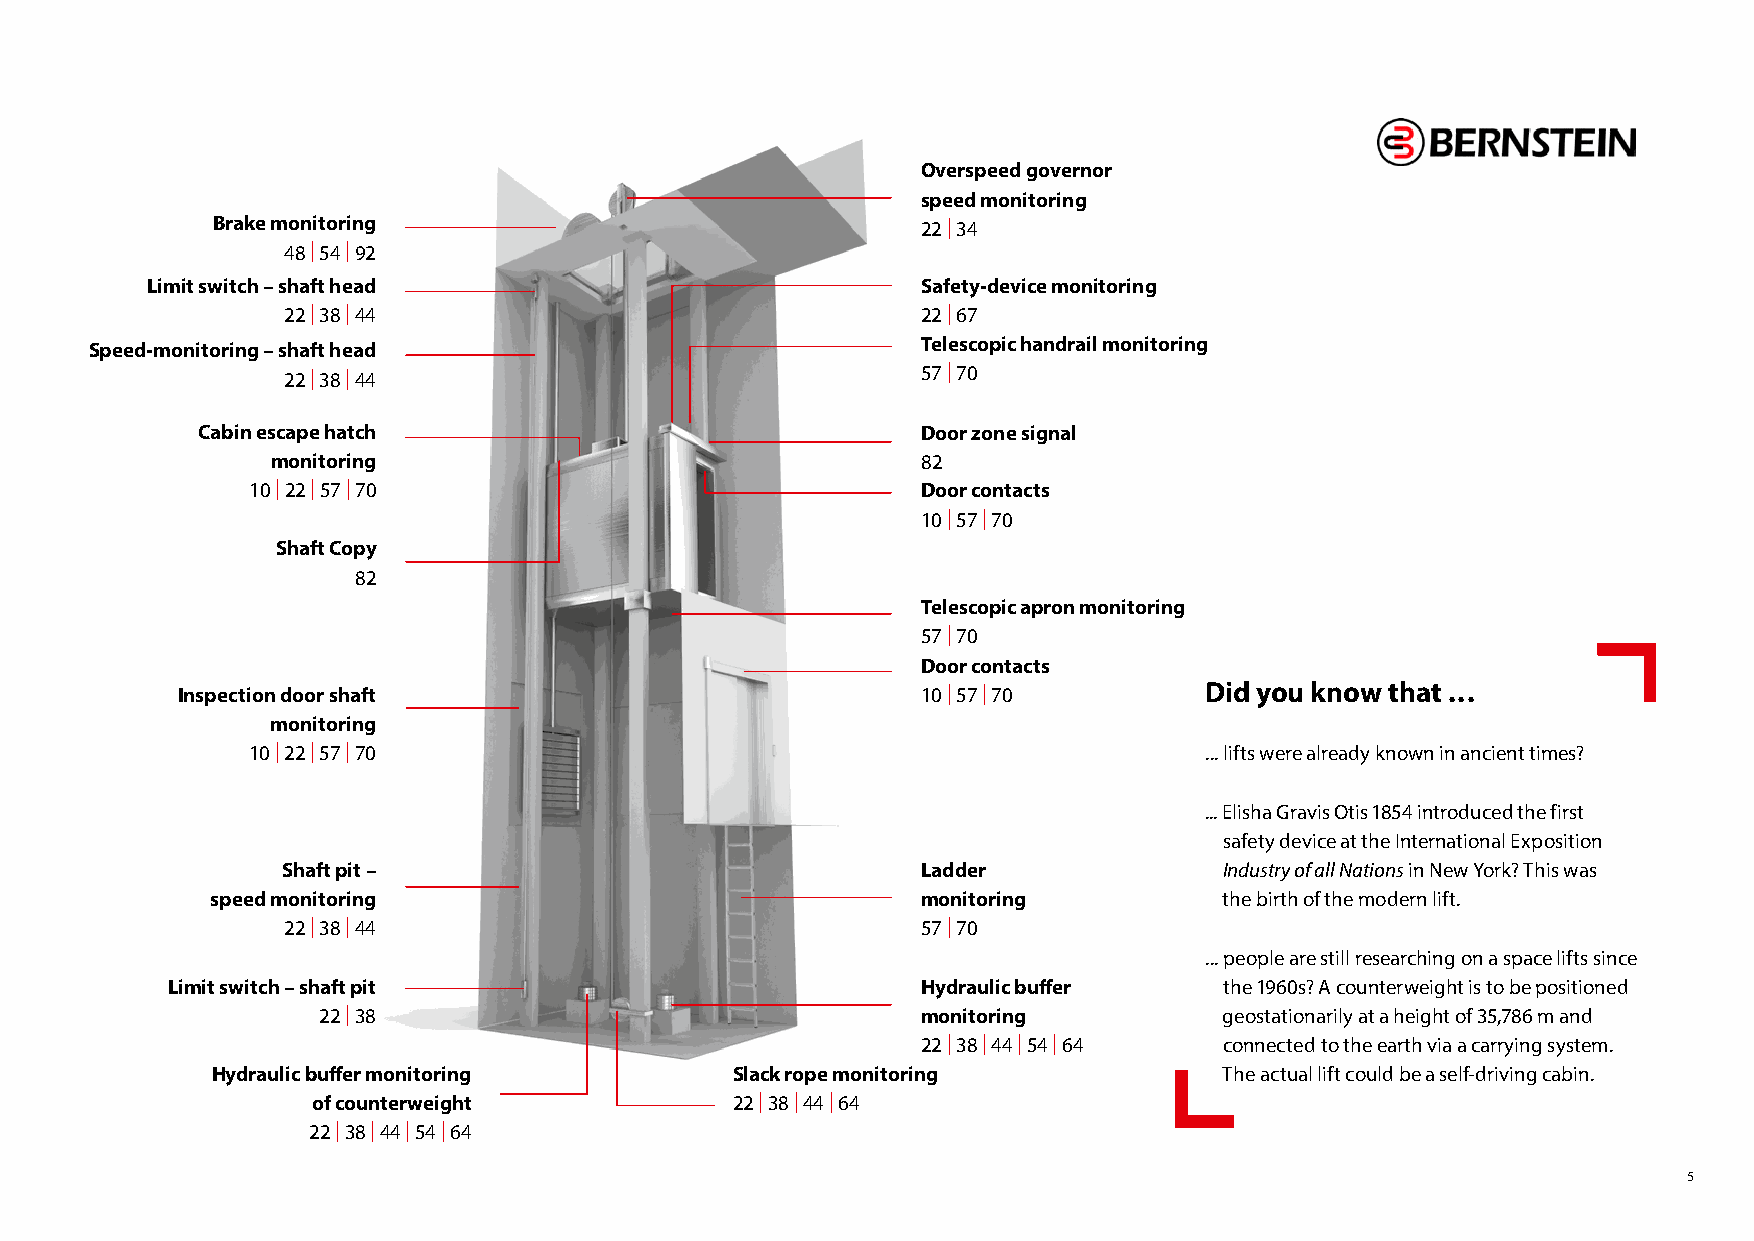
Overspeed governor
 speed monitoring
 Brake monitoring                               22 | 34
 48 | 54 | 92
 Limit switch – shaft head                          Safety-device monitoring
 22 | 38 | 44                              22 | 67
 Telescopic handrail monitoring
 Speed-monitoring – shaft head
 22 | 38 | 44                              57 | 70
 Cabin escape hatch                              Door zone signal
 monitoring                                 82
 10 | 22 | 57 | 70                           Door contacts
 10 | 57 | 70
 Shaft Copy
 82
 Telescopic apron monitoring
 57 | 70
 Door contacts
 Inspection door shaft                            10 | 57 | 70       Did you know that ...
 monitoring
 10 | 22 | 57 | 70                                               ... lifts were already known in ancient times?
 ... Elisha Gravis Otis 1854 introduced the first
 safety device at the International Exposition
 Shaft pit –                               Ladder              Industry of all Nations in New York? This was
 speed monitoring                               monitoring          the birth of the modern lift.
 22 | 38 | 44                              57 | 70
 ... people are still researching on a space lifts since
 Limit switch – shaft pit                          Hydraulic buffer    the 1960s? A counterweight is to be positioned
 22 | 38                                 monitoring          geostationarily at a height of 35,786 m and
 22 | 38 | 44 | 54 | 64 connected to the earth via a carrying system.
 Hydraulic buffer monitoring       Slack rope monitoring            The actual lift could be a self-driving cabin.
 of counterweight           22 | 38 | 44 | 64
 22 | 38 | 44 | 54 | 64
 5